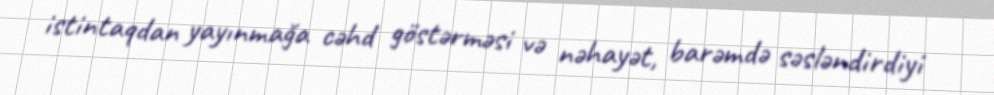
istintaqdan yayınmağa cəhd göstərməsi və nəhayət, barəmdə səsləndirdiyi